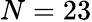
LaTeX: N=23